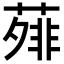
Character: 𬞃